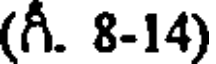
(గీ. 8-14)